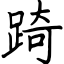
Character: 踦